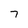
Character: 7